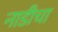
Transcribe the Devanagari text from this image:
नाडीचा